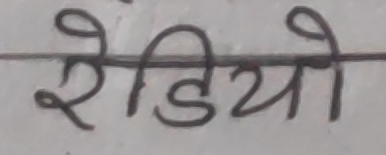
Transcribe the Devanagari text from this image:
रेडियो